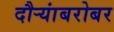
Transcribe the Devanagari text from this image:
दौऱ्यांबरोबर